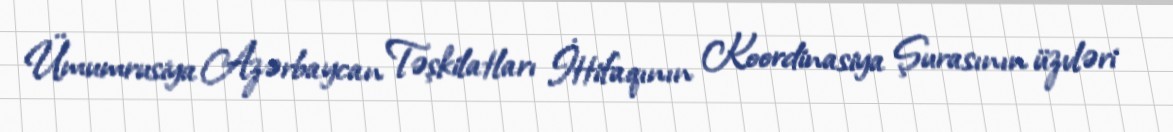
Ümumrusiya Azərbaycan Təşkilatları İttifaqının Koordinasiya Şurasının üzvləri